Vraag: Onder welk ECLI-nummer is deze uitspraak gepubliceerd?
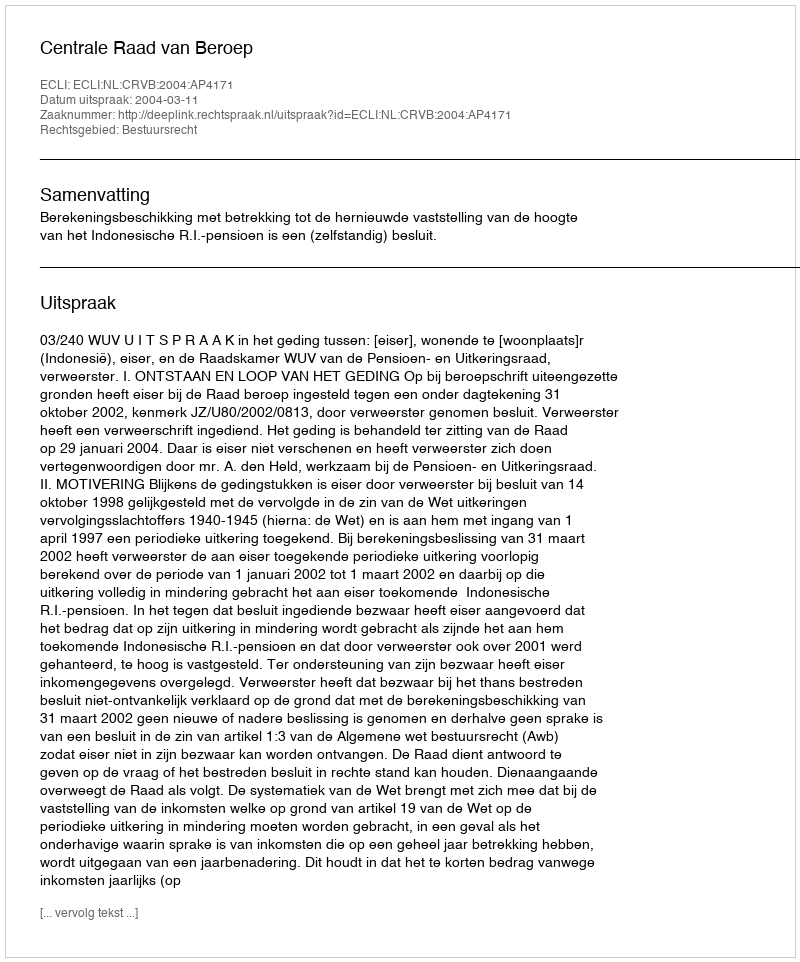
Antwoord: ECLI:NL:CRVB:2004:AP4171